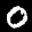
Label: 0